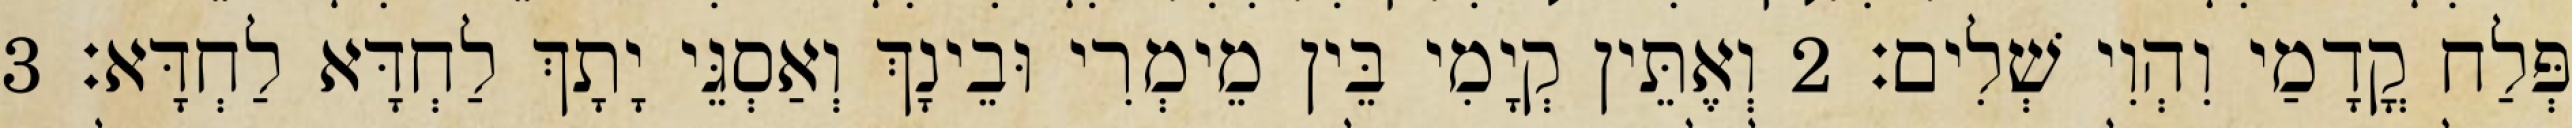
פְּלַח קֳדָמַי וִהְוִי שְׁלִים׃ 2 וְאֶתֵּין קְיָמִי בֵּין מֵימְרִי וּבֵינָךְ וְאַסְגֵּי יָתָךְ לַחְדָּא לַחְדָּא׃ 3